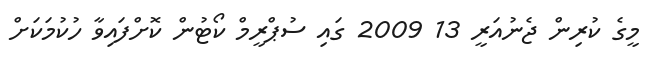
މީގެ ކުރިން ޖެނުއަރީ 13 2009 ގައި ސުޕްރީމް ކޯޓުން ކޮށްފައިވާ ހުކުމަކަށް